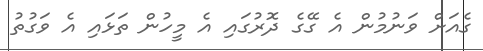
ގެއަށް ވަނުމުން އެ ގޭގެ ދޮރުގައި އެ މީހުން ތަޅައި އެ ވަގުތު